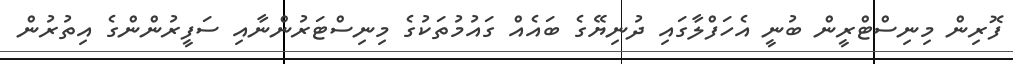
ފޮރިން މިނިސްޓްރީން ބުނީ އެހަފްލާގައި ދުނިޔޭގެ ބައެއް ގައުމުތަކުގެ މިނިސްޓަރުންނާއި ސަފީރުންންގެ އިތުރުން